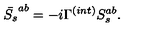
\bar { S _ { s } } ^ { a b } = - i \Gamma ^ { ( i n t ) } S _ { s } ^ { a b } .